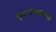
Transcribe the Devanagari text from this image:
फूटपाथवरच्या